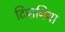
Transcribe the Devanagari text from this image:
टिपानिया